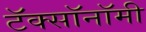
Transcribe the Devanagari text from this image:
टॅक्सॉनॉमी